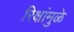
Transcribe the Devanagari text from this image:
रिक्षांमुळे